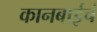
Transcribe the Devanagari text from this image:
कानबाईचं